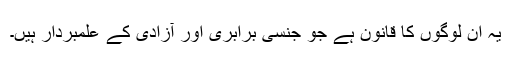
یہ ان لوگوں کا قانون ہے جو جنسی برابری اور آزادی کے علمبردار ہیں۔